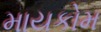
માયકોમ